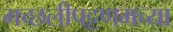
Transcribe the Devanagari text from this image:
मच्छलीपट्टणमच्या